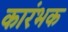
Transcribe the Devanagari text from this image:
कारंभक